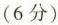
(6分)